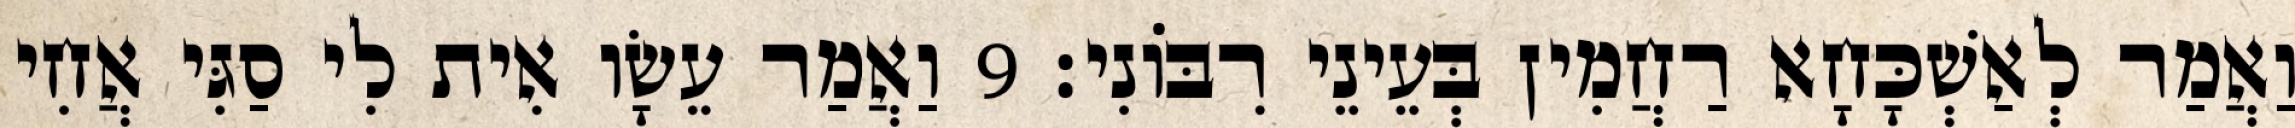
וַאֲמַר לְאַשְׁכָּחָא רַחֲמִין בְּעֵינֵי רִבּוֹנִי׃ 9 וַאֲמַר עֵשָׂו אִית לִי סַגִּי אֲחִי